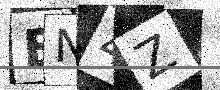
Text: BN4Z